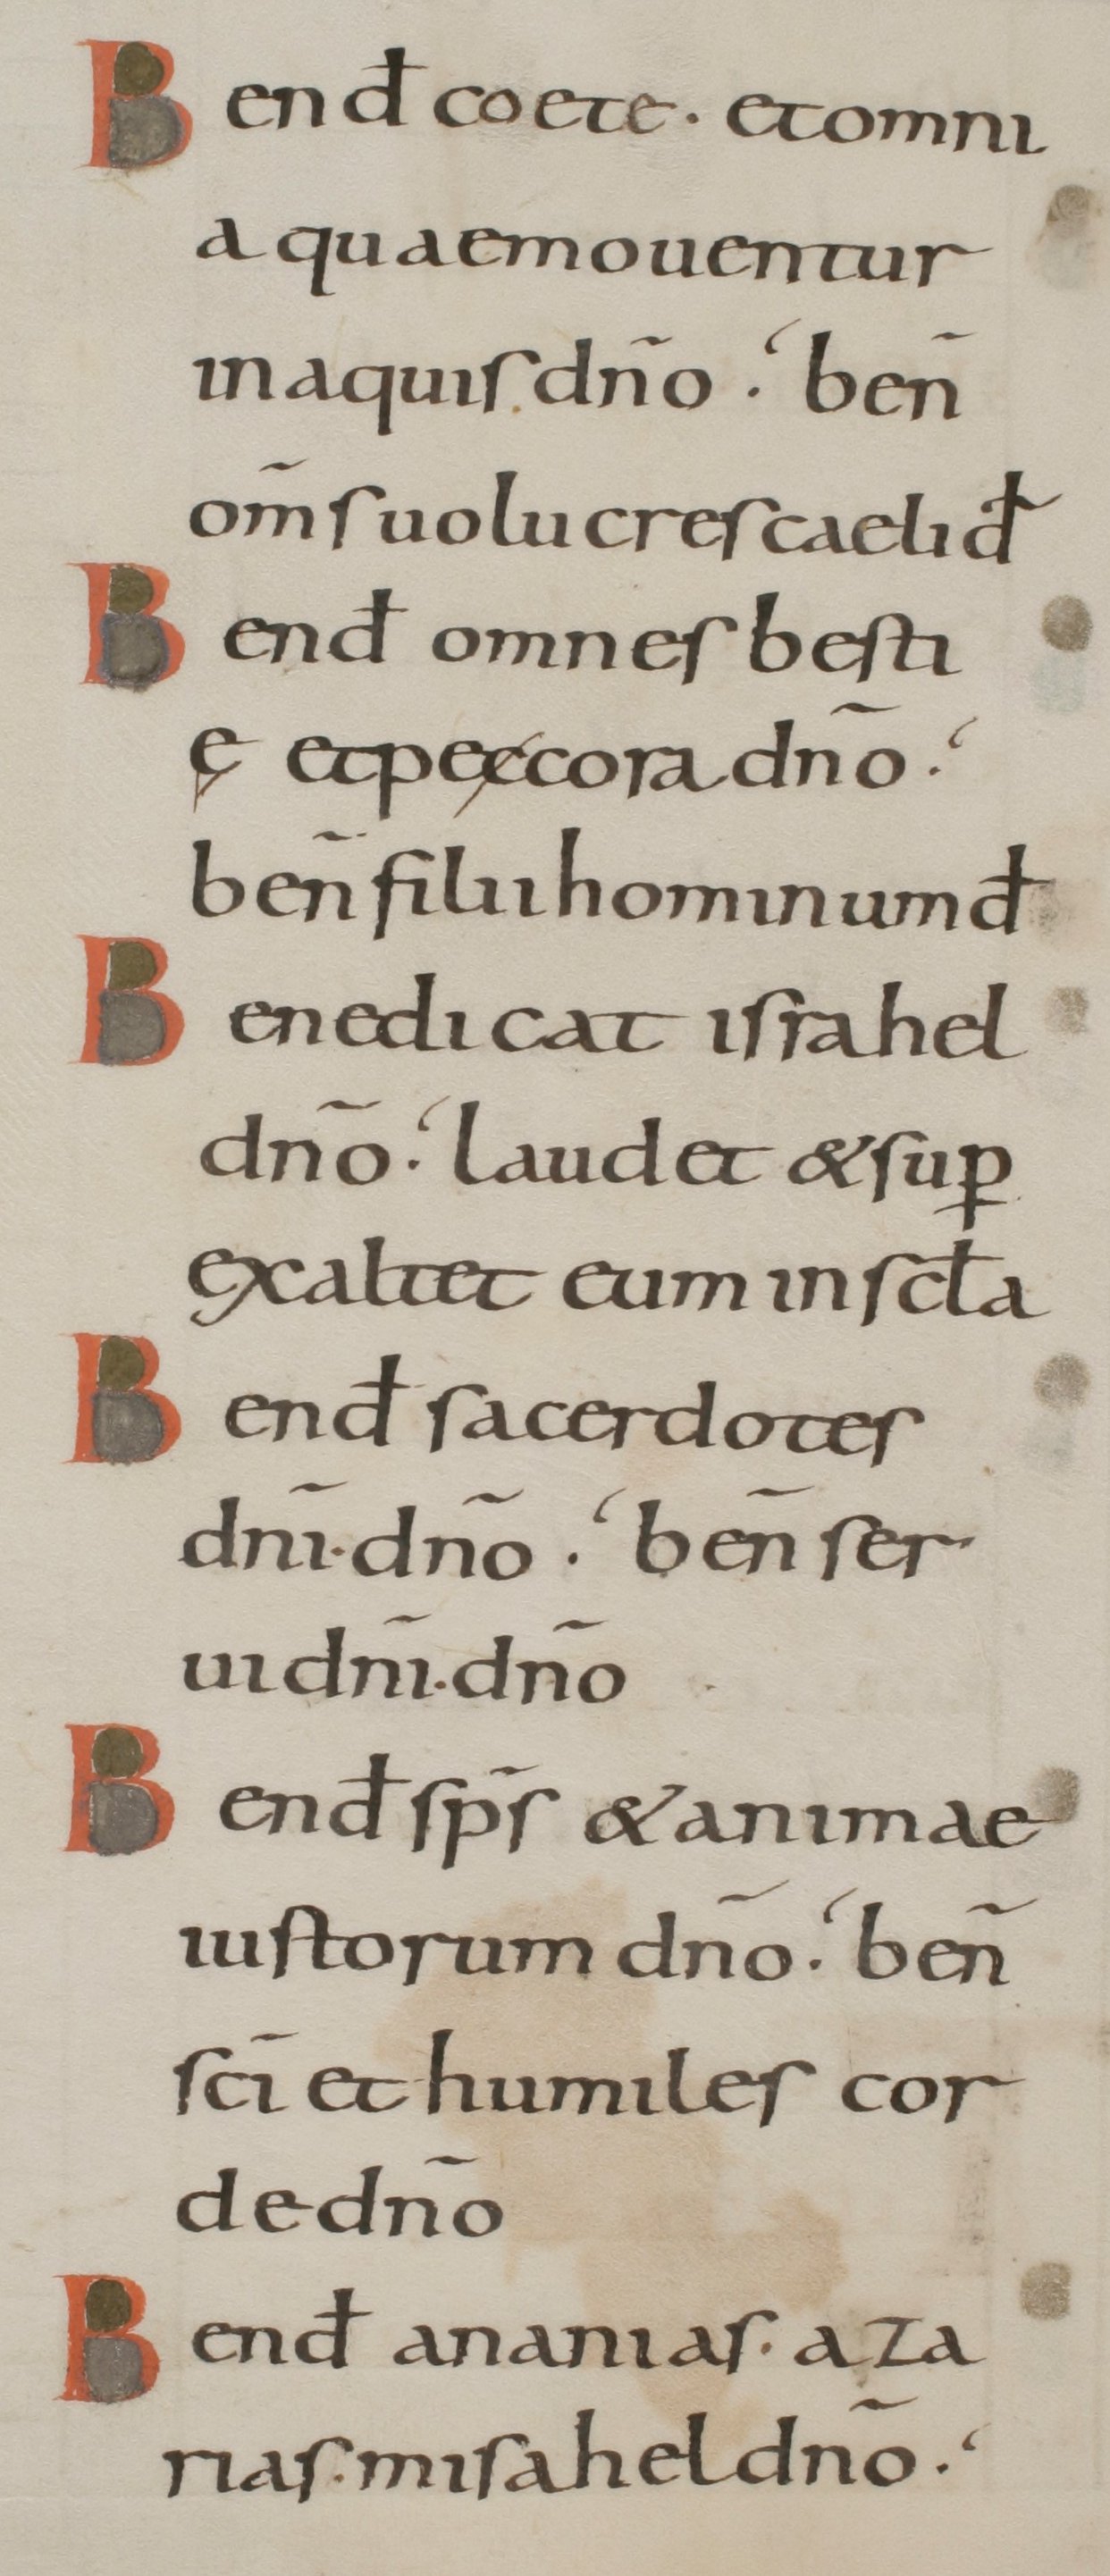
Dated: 800–899